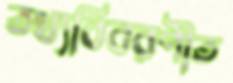
তথ্যবিবরণীত